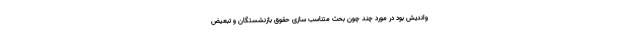
واندیش بود در مورد چند چون بحث متناسب سازی حقوق بازنشستگان و تبعیض